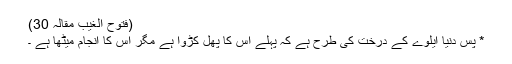
(فتوح الغیب مقالہ 30)
* پس دنیا ایلوے کے درخت کی طرح ہے کہ پہلے اس کا پھل کڑوا ہے مگر اس کا انجام میٹھا ہے ۔